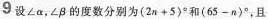
9设∠a，∠β的度数分别为$$( 2 n + 5 ) °$$和$$( 6 5 - n ) °$$，且